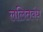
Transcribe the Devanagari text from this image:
ललितबंध